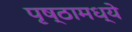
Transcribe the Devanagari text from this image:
पृष्ठामध्ये